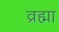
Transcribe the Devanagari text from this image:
व्रह्मा